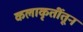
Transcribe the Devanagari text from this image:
कलाकृतींतून